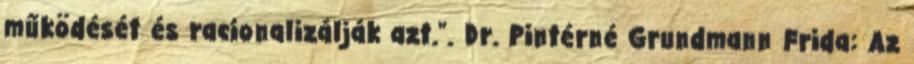
működését és racionalizálják azt.". Dr. Pintérné Grundmann Frida: Az